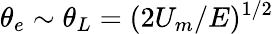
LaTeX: \theta_{e}\sim\theta_{L}=(2U_{m}/E)^{1/2}